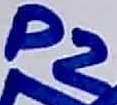
Text: P2